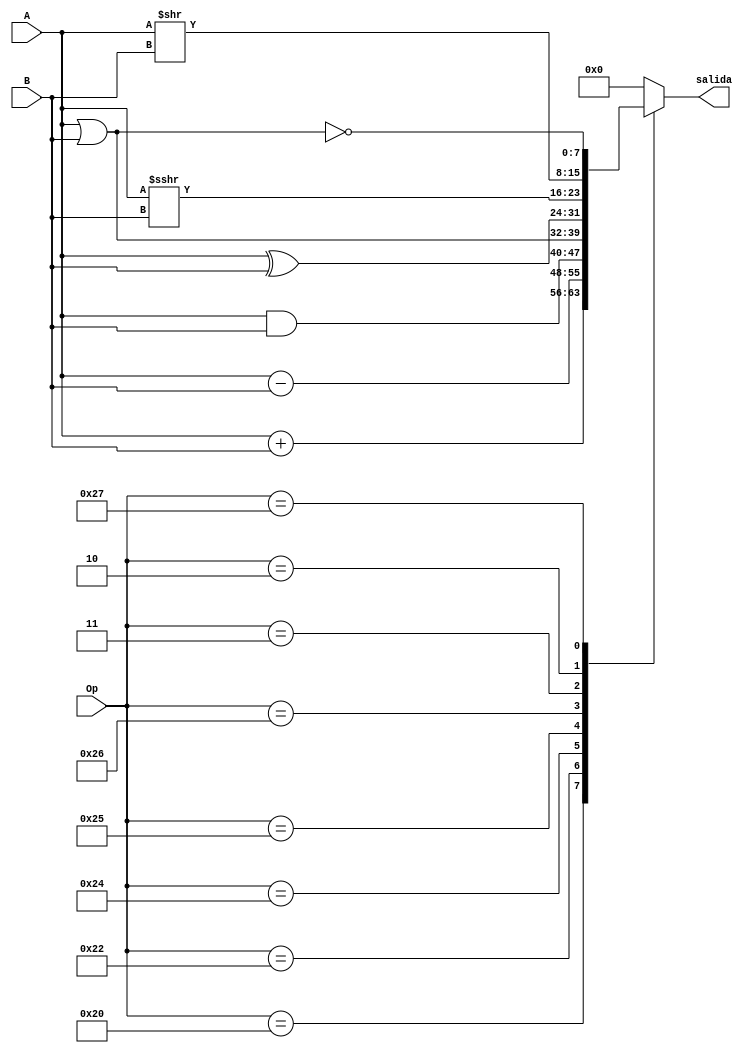
`timescale 10ns / 1ps
module Alu
#(
    parameter N_BITS = 8,
    parameter N_OP   = 6
)
(
	input wire signed [N_BITS-1:0] A,
	input wire signed [N_BITS-1:0] B,	    // entradas a la ALU
	input wire [N_OP-1:0] Op,
	output reg signed [N_BITS-1:0] salida	
);
    always @(*) begin: alu
        case (Op)
            6'b100000 : salida = A + B; // ADD
            6'b100010 : salida = A - B; // SUB
            6'b100100 : salida = A & B; // AND
            6'b100101 : salida = A | B; // OR
            6'b100110 : salida = A ^ B; // XOR
            6'b000011 : salida = A >>> B; // SRA
            6'b000010 : salida = A >> B; // SRL
            6'b100111 : salida = ~(A | B); // NOR
            default : salida = 0;
	    endcase
    end
endmodule